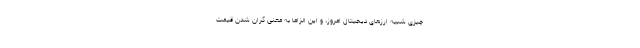
چیزی شبیه ارزهای دیجیتال امروز، و این الزاماً به معنی گران شدن قیمت